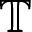
\mathbb { T }